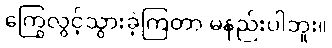
ကြွေလွင့်သွားခဲ့ကြတာ မနည်းပါဘူး။